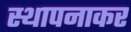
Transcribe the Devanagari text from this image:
स्थापनाकर